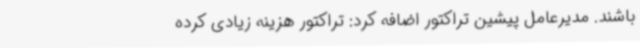
باشند. مدیرعامل پیشین تراکتور اضافه کرد: تراکتور هزینه زیادی کرده